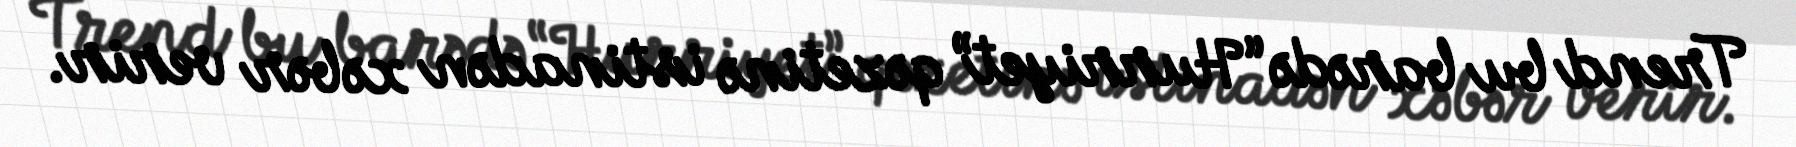
Trend bu barədə “Hurriyet” qəzetinə istinadən xəbər verir.